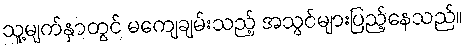
သူ့မျက်နှာတွင် မကျေချမ်းသည့် အသွင်များပြည့်နေသည်။